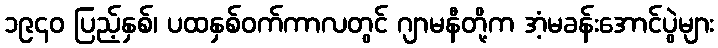
၁၉၄၀ ပြည့်နှစ်၊ ပထနှစ်ဝက်ကာလတွင် ဂျာမနီတို့က အံ့မခန်းအောင်ပွဲများ